Notes on vaccination in the North-West Frontier Province 1923-1928 - 1923-1928
Year: 1923
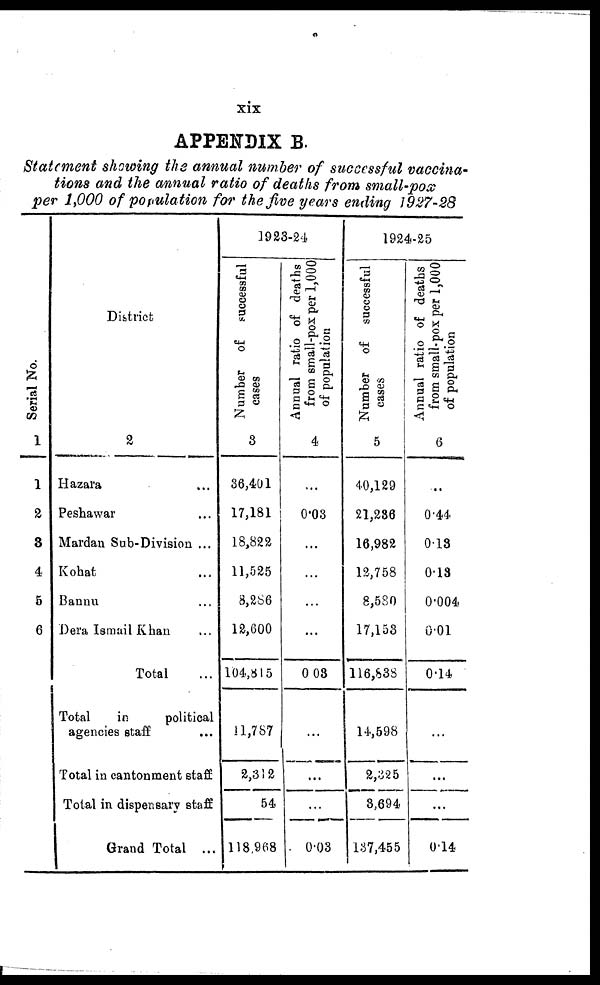
xix
APPENDIX B.
Statement showing the annual number of successful vaccina-
tions and the annual ratio of deaths from small-pox
per 1,000 of population for the five years ending 1927-28
Serial No.
1
1
2
3
4
5
6
District
2
Hazara ...
Peshawar ...
Mardan Sub-Division ...
Kohat ...
Bannu ...
Dera Ismail Khan ...
Total ...
Total
in
political
agencies staff ...
Total in cantonment staff
Total in dispensary staff
Grand Total ...
1923-24
Number of successful
cases
3
36,401
17,181
18,822
11,525
8,286
12,600
104,815
11,787
2,312
54
118,968
Annual ratio of deaths
from small-pox per 1,000
of population
4
...
0.03
...
...
...
...
0.03
...
...
...
0.03
1924-25
Number of successful
cases
5
40,129
21,236
16,982
12,758
8,580
17,153
116,838
14,598
2,325
3,694
137,455
Annual ratio of deaths
from small-pox per 1,000
of population
6
...
0.44
0.13
0.13
0.004
0.01
0.14
...
...
...
0.14